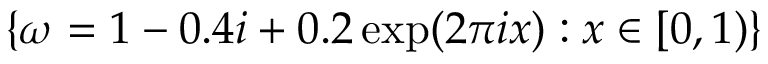
\{ \omega = 1 - 0 . 4 i + 0 . 2 \exp ( 2 \pi i x ) : x \in [ 0 , 1 ) \}